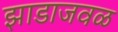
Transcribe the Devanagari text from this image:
झाडाजवळ